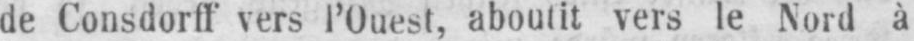
de Consdorff vers l’Ouest, aboutit vers le Nord à